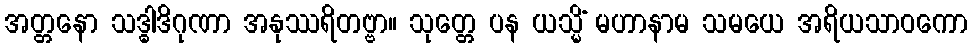
အတ္တနော သဒ္ဓါဒိဂုဏာ အနုဿရိတဗ္ဗာ။ သုတ္တေ ပန ယသ္မိံ မဟာနာမ သမယေ အရိယသာဝကော